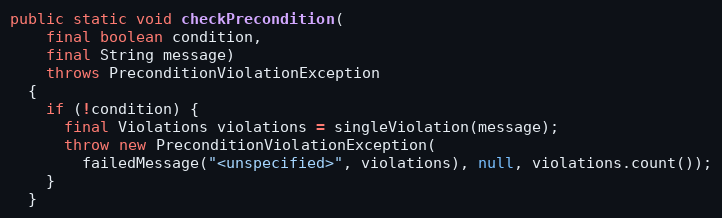
Language: Java
public static void checkPrecondition(
    final boolean condition,
    final String message)
    throws PreconditionViolationException
  {
    if (!condition) {
      final Violations violations = singleViolation(message);
      throw new PreconditionViolationException(
        failedMessage("<unspecified>", violations), null, violations.count());
    }
  }